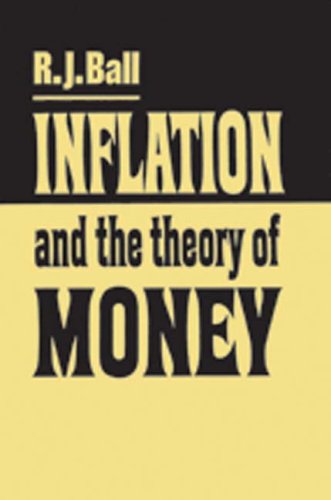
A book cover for Inflation and the Theory of Money; R. J. Ball; Business & Money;